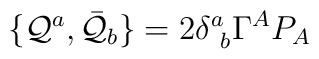
\{ {\cal Q}^{a}, \bar{{\cal Q}}_{b}\}=2\delta^{a}_{~b}\Gamma^{A}P_{A}